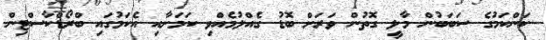
ކަންކަމުގެ ސަބަބުން މާލީ ގޮތުން ވަރަށް ބޮޑު ގެއްލުމެއްވި ކަމަށާއި އެކަމުގައި ބްރޯޑްކާސްޓިން